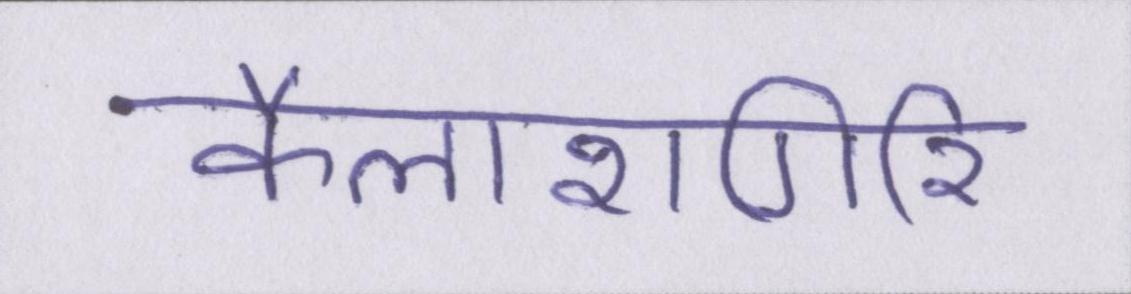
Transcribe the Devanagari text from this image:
कैलाशगिरि